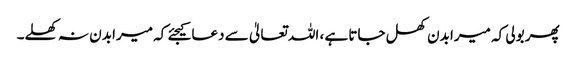
پھر بولی کہ میرا بدن کھل جاتا ہے ، اللہ تعالیٰ سے دعا کیجئے کہ میرا بدن نہ کھلے۔